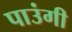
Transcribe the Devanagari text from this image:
पाउंगी